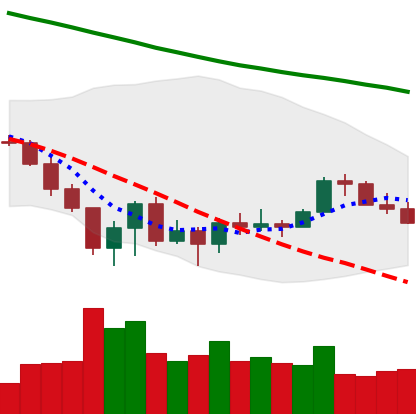
Ticker: XLM-USD
Chart end date: 2022-06-28
Forward return: -4.801%
Label: down_3_5